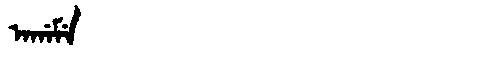
Manchu: ᠠᡤᠠᠮᡝ
Romanization: AGAME